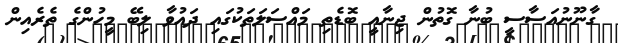
ގާނޫނުއަސާސީ ބުނާ ގޮތުން ޖިނާއީ ބޮޑެތި މައްސަލަތަކުގައި ދައުވާ ލިބޭ މީހުންގެ ތެރެއިން